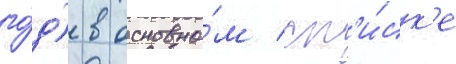
го́д) в основно́м сп'и́ск'е